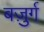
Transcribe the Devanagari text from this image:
बज़ुर्ग